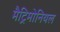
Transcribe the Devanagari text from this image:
मैट्रिमोनियल